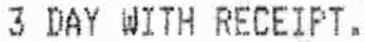
3 DAY WITH RECEIPT.